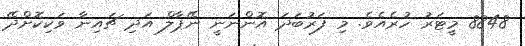
8848 މީޓަރު ހުރެއެވެ. މި ފަރުބަދަ އޮންނަނީ ނޭޕާލް އަދި ޗައިނާ ވަކިކޮށްދޭ